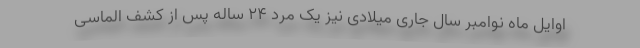
اوایل ماه نوامبر سال جاری میلادی نیز یک مرد ۲۴ ساله پس از کشف الماسی